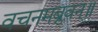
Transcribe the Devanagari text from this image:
वचनमब्रुवन्॥